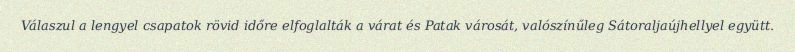
Válaszul a lengyel csapatok rövid időre elfoglalták a várat és Patak városát, valószínűleg Sátoraljaújhellyel együtt.